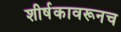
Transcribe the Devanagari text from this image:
शीर्षकावरूनच